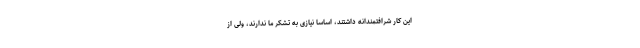
این کار شرافتمندانه داشتند، اساساً نیازی به تشکر ما ندارند، ولی از